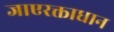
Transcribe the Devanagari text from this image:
जाएरक्ताधान